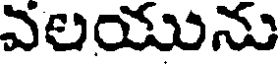
వలయును